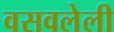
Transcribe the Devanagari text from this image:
वसवलेली